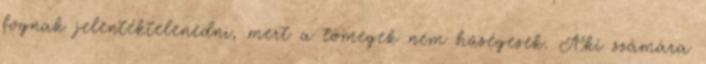
fognak jelentéktelenedni, mert a tömegek nem hűségesek. Aki számára